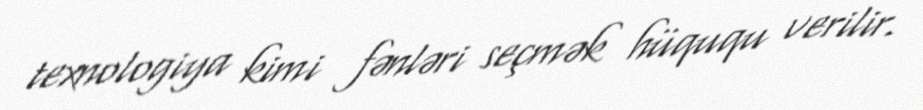
texnologiya kimi fənləri seçmək hüququ verilir.